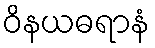
ဝိနယဓရာနံ